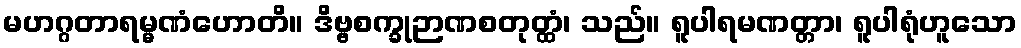
မဟဂ္ဂတာရမ္မဏံဟောတိ။ ဒိဗ္ဗစက္ခုဉာဏစတုတ္ထံ၊ သည်။ ရူပါရမဏတ္တာ၊ ရူပါရုံဟူသော